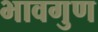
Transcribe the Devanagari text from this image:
भावगुण